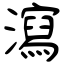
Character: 瀉